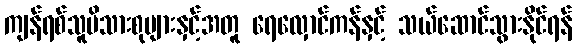
ကျန်ရစ်သူမိသားစုများနှင့်အတူ ရေလှောင်ကန်နှင့် သယ်ဆောင်သွားနိုင်ရန်